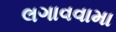
લગાવવામા